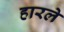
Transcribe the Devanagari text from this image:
हारले